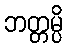
ဘတ္တမ္ပိ